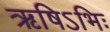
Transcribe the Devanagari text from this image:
ऋषिऽभिः